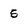
Character: 5